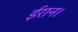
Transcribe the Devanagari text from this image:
ईरान।